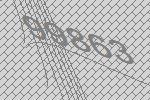
99863